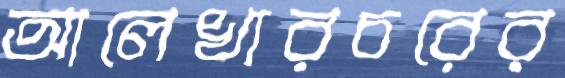
আলেখারচরের